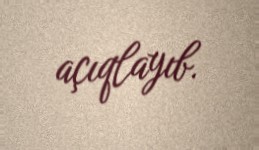
açıqlayıb.